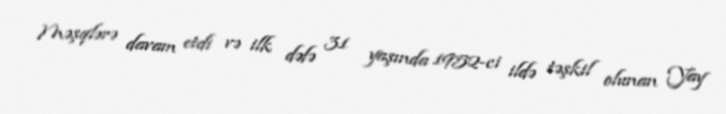
Məşqlərə davam etdi və ilk dəfə 31 yaşında 1952-ci ildə təşkil olunan Yay